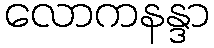
လောကနန္ဒာ